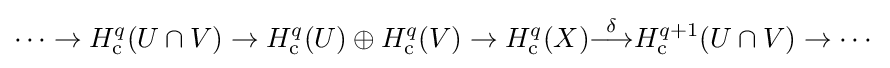
\cdots \to H_{\mathrm {c} }^{q}(U\cap V)\to H_{\mathrm {c} }^{q}(U)\oplus H_{\mathrm {c} }^{q}(V)\to H_{\mathrm {c} }^{q}(X){\overset {\delta }{\longrightarrow }}H_{\mathrm {c} }^{q+1}(U\cap V)\to \cdots